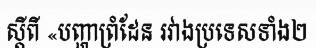
ស្តីពី «បញ្ហាព្រំដែន រវាងប្រទេសទាំង២